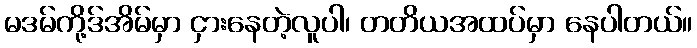
မဒမ်ကို့ဒ်အိမ်မှာ ငှားနေတဲ့လူပါ၊ တတိယအထပ်မှာ နေပါတယ်။